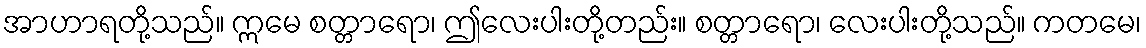
အာဟာရတို့သည်။ ဣမေ စတ္တာရော၊ ဤလေးပါးတို့တည်း။ စတ္တာရော၊ လေးပါးတို့သည်။ ကတမေ၊